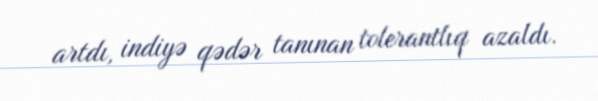
artdı, indiyə qədər tanınan tolerantlıq azaldı.